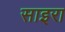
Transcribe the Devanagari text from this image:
साइरा